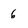
Character: 6